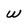
Character: W